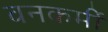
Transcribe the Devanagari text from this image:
वनकर्मी